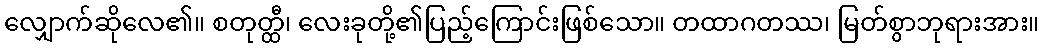
လျှောက်ဆိုလေ၏။ စတုတ္ထီ၊ လေးခုတို့၏ပြည့်ကြောင်းဖြစ်သော။ တထာဂတဿ၊ မြတ်စွာဘုရားအား။